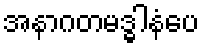
အနာဂတမဒ္ဓါနံပေ